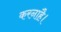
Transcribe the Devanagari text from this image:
करनाहै।